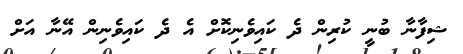
ޝިފާނާ ބުނީ ކުރިން ދެ ކައިވެނިކޮށް އެ ދެ ކައިވެނިން އޭނާ އަށް